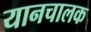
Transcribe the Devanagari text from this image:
यानचालक